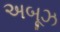
અબૂઝ